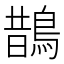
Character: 鵲